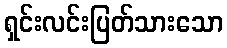
ရှင်းလင်းပြတ်သားသော